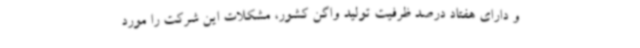
و دارای هفتاد درصد ظرفیت تولید واگن کشور، مشکلات این شرکت را مورد